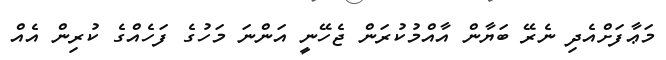
މަޢާފަށްއެދި ނެރޭ ބަޔާން އާއްމުކުރަން ޖެހޭނީ އަންނަ މަހުގެ ފަހެއްގެ ކުރިން އެއް